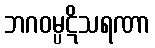
ဘဂဝမ္ပဋိသရဏာ